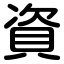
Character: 資